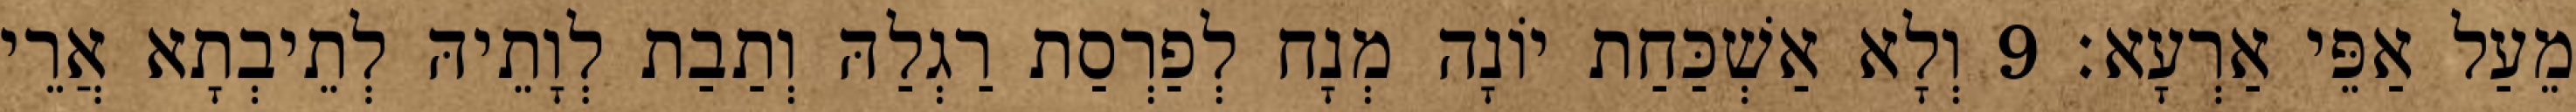
מֵעַל אַפֵּי אַרְעָא׃ 9 וְלָא אַשְׁכַּחַת יוֹנָה מְנָח לְפַרְסַת רַגְלַהּ וְתַבַת לְוָתֵיהּ לְתֵיבְתָא אֲרֵי